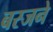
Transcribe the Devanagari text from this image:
बस्जने